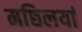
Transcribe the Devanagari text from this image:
मछ्लियां